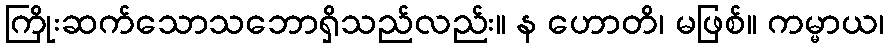
ကြိုးဆက်သောသဘောရှိသည်လည်း။ န ဟောတိ၊ မဖြစ်။ ကမ္မာယ၊